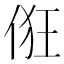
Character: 俇